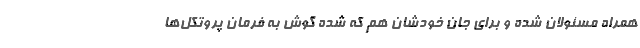
همراه مسئولان شده و برای جان خودشان هم که شده گوش به فرمان پروتکل‌ها